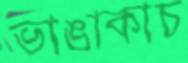
ভাঙাকাচ